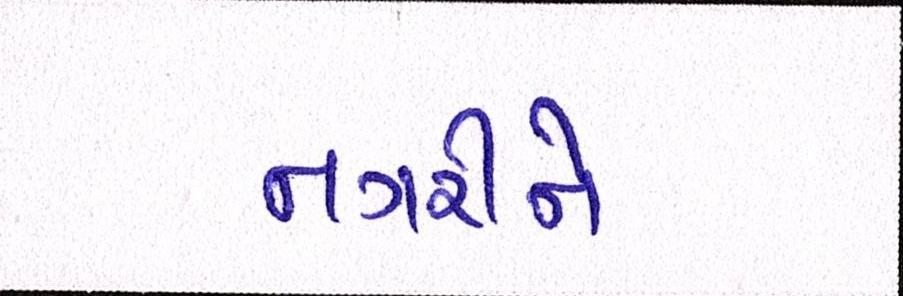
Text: નગરીને